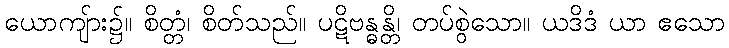
ယောကျ်ား၌။ စိတ္တံ၊ စိတ်သည်။ ပဋိဗန္ဓန္တိ၊ တပ်စွဲသော။ ယဒိဒံ ယာ ဧသော